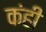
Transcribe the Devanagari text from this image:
कंही